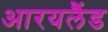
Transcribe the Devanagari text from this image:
आरयलैंड